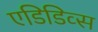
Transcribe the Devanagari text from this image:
एडिडिव्स